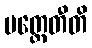
ပတ္ထေတီတိ